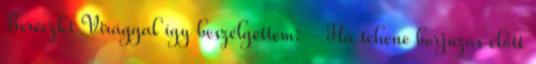
Bereczki Virággal így beszélgettem: - Ha tehene borjúzás előtt